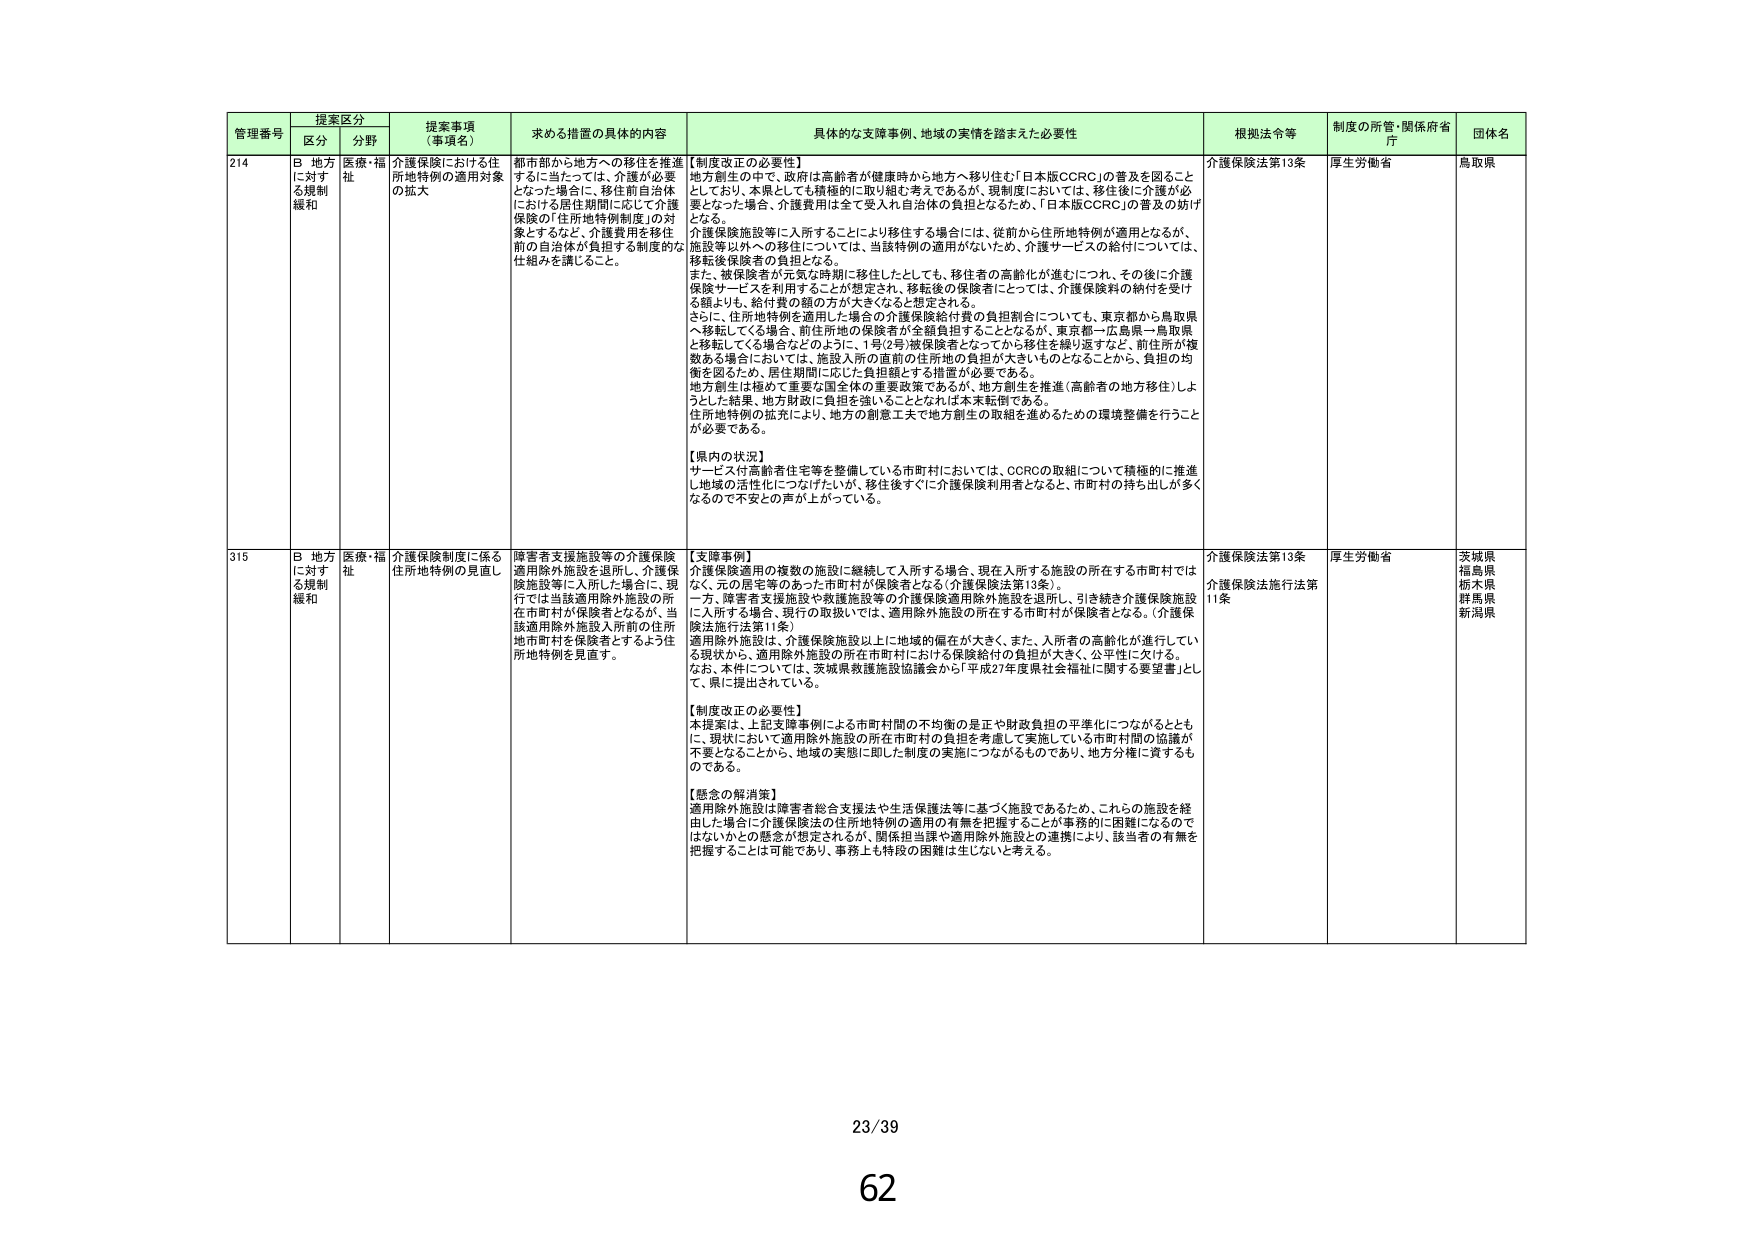
管理番号 提案区分 提案事項（事項名） 求める措置の具体的内容 具体的な支援事例、地域の実情を踏まえた必要性 根拠法令等 制度の所管・関係府省庁 団体名
区分 分野
214 B 地方に対する規制緩和 医療・福祉 介護保険における住所地特例の適用対象の拡大 都市部から地方への移住を推進するに当たっては、介護が必要となった場合に、移住前自治体における居住期間に応じて介護保険の「住所地特例制度」の対象とするなど、介護費用を移住前の自治体が負担する制度的な仕組みを講じること。 【制度改正の必要性】 地方創生の中で、政府は高齢者が健康時から地方へ移り住む「日本版CCRC」の普及を図ることとしており、本県としても積極的に取り組む考えであるが、現制度においては、移住後に介護が必要となった場合、介護費用は全て受入れ自治体の負担となるため、「日本版CCRC」の普及の妨げとなる。 介護保険施設等に入所することにより移住する場合には、従前から住所地特例が適用となるが、施設等以外への移住については、当該特例の適用がないため、介護サービスの給付については、移転後保険者の負担となる。 また、被保険者が元気な時期に移住したとしても、移住者の高齢化が進むにつれ、その後に介護保険サービスを利用することが想定され、移転後の保険者にとっては、介護保険料の納付を受ける眼よりも、給付費の額の方が大きくなると思定される。 さらに、住所地特例を適用した場合の介護保険給付費の負担割合についても、東京都から鳥取県へ移転している場合、前住所地の保険者が全額負担することとなるが、東京都→広島県→鳥取県と移転してくる場合などのように、1号(2号)被保険者となってから移住を繰り返すなど、前住所が複数ある場合においては、施設入所の直前の住所地の負担が大きいものとなることから、負担の均衡を図るため、居住期間に応じた負担額とする措置が必要である。 地方創生は極めて重要な国全体の重要政策であるが、地方創生を推進（高齢者の地方移住）しようとした結果、地方財政に負担を強いることとなれば本末転倒である。 住所地特例の拡充により、地方の創生工夫で地方創生の取組を進めるための環境整備を行うことが必要である。 【県内の状況】 サービス付高齢者住宅等を整備している市町村においては、CCRCの取組について積極的に推進し地域の活性化につなげたいが、移住後すぐに介護保険利用者となると、市町村の持ち出しが多くなるので不安との声が上がっている。 介護保険法第13条 厚生労働省 鳥取県
315 B 地方に対する規制緩和 医療・福祉 介護保険制度に係る住所地特例の見直し 障害者支援施設等の介護保険適用除外施設を退所し、介護保険施設等に入所した場合に、現行では当該適用除外施設の所在市町村が保険者となるが、当該適用除外施設入所前の住所地市町村を保険者とするよう住所地特例を見直す。 【支援事例】 介護保険適用の複数の施設に継続して入所する場合、現在入所する施設の所在する市町村ではなく、元の居宅等のあった市町村が保険者となる（介護保険法第13条）。 一方、障害者支援施設や救護施設等の介護保険適用除外施設を退所し、引き続き介護保険施設に入所する場合、現行の取扱いでは、適用除外施設の所在する市町村が保険者となる。（介護保険法施行法第11条） 適用除外施設は、介護保険施設以上に地域的偏在が大きく、また、入所者の高齢化が進行している現状から、適用除外施設の所在市町村における保険給付の負担が大きく、公平性に欠ける。 なお、本件については、茨城県救護施設協議会から「平成27年度県社会福祉に関する要望書」として、県に提出されている。 【制度改正の必要性】 本提案は、上記支援事例による市町村間の不均衡の是正や財政負担の平準化につながるとともに、現状において適用除外施設の所在市町村の負担を考慮して実施している市町村間の協議が不要となることから、地域の実態に即した制度の実施につながるものであり、地方分権に資するものである。 【懸念の解消策】 適用除外施設は障害者総合支援法や生活保護法等に基づく施設であるため、これらの施設を経由した場合に介護保険法の住所地特例の適用の有無を把握することが事務的に困難になるのではないかとの懸念が想定されるが、関係担当課や適用除外施設との連携により、該当者の有無を把握することは可能であり、事務上も特段の困難は生じないと考える。 介護保険法第13条 介護保険法施行法第11条 厚生労働省 茨城県 福島県 栃木県 群馬県 新潟県
23/39
62